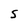
Character: S